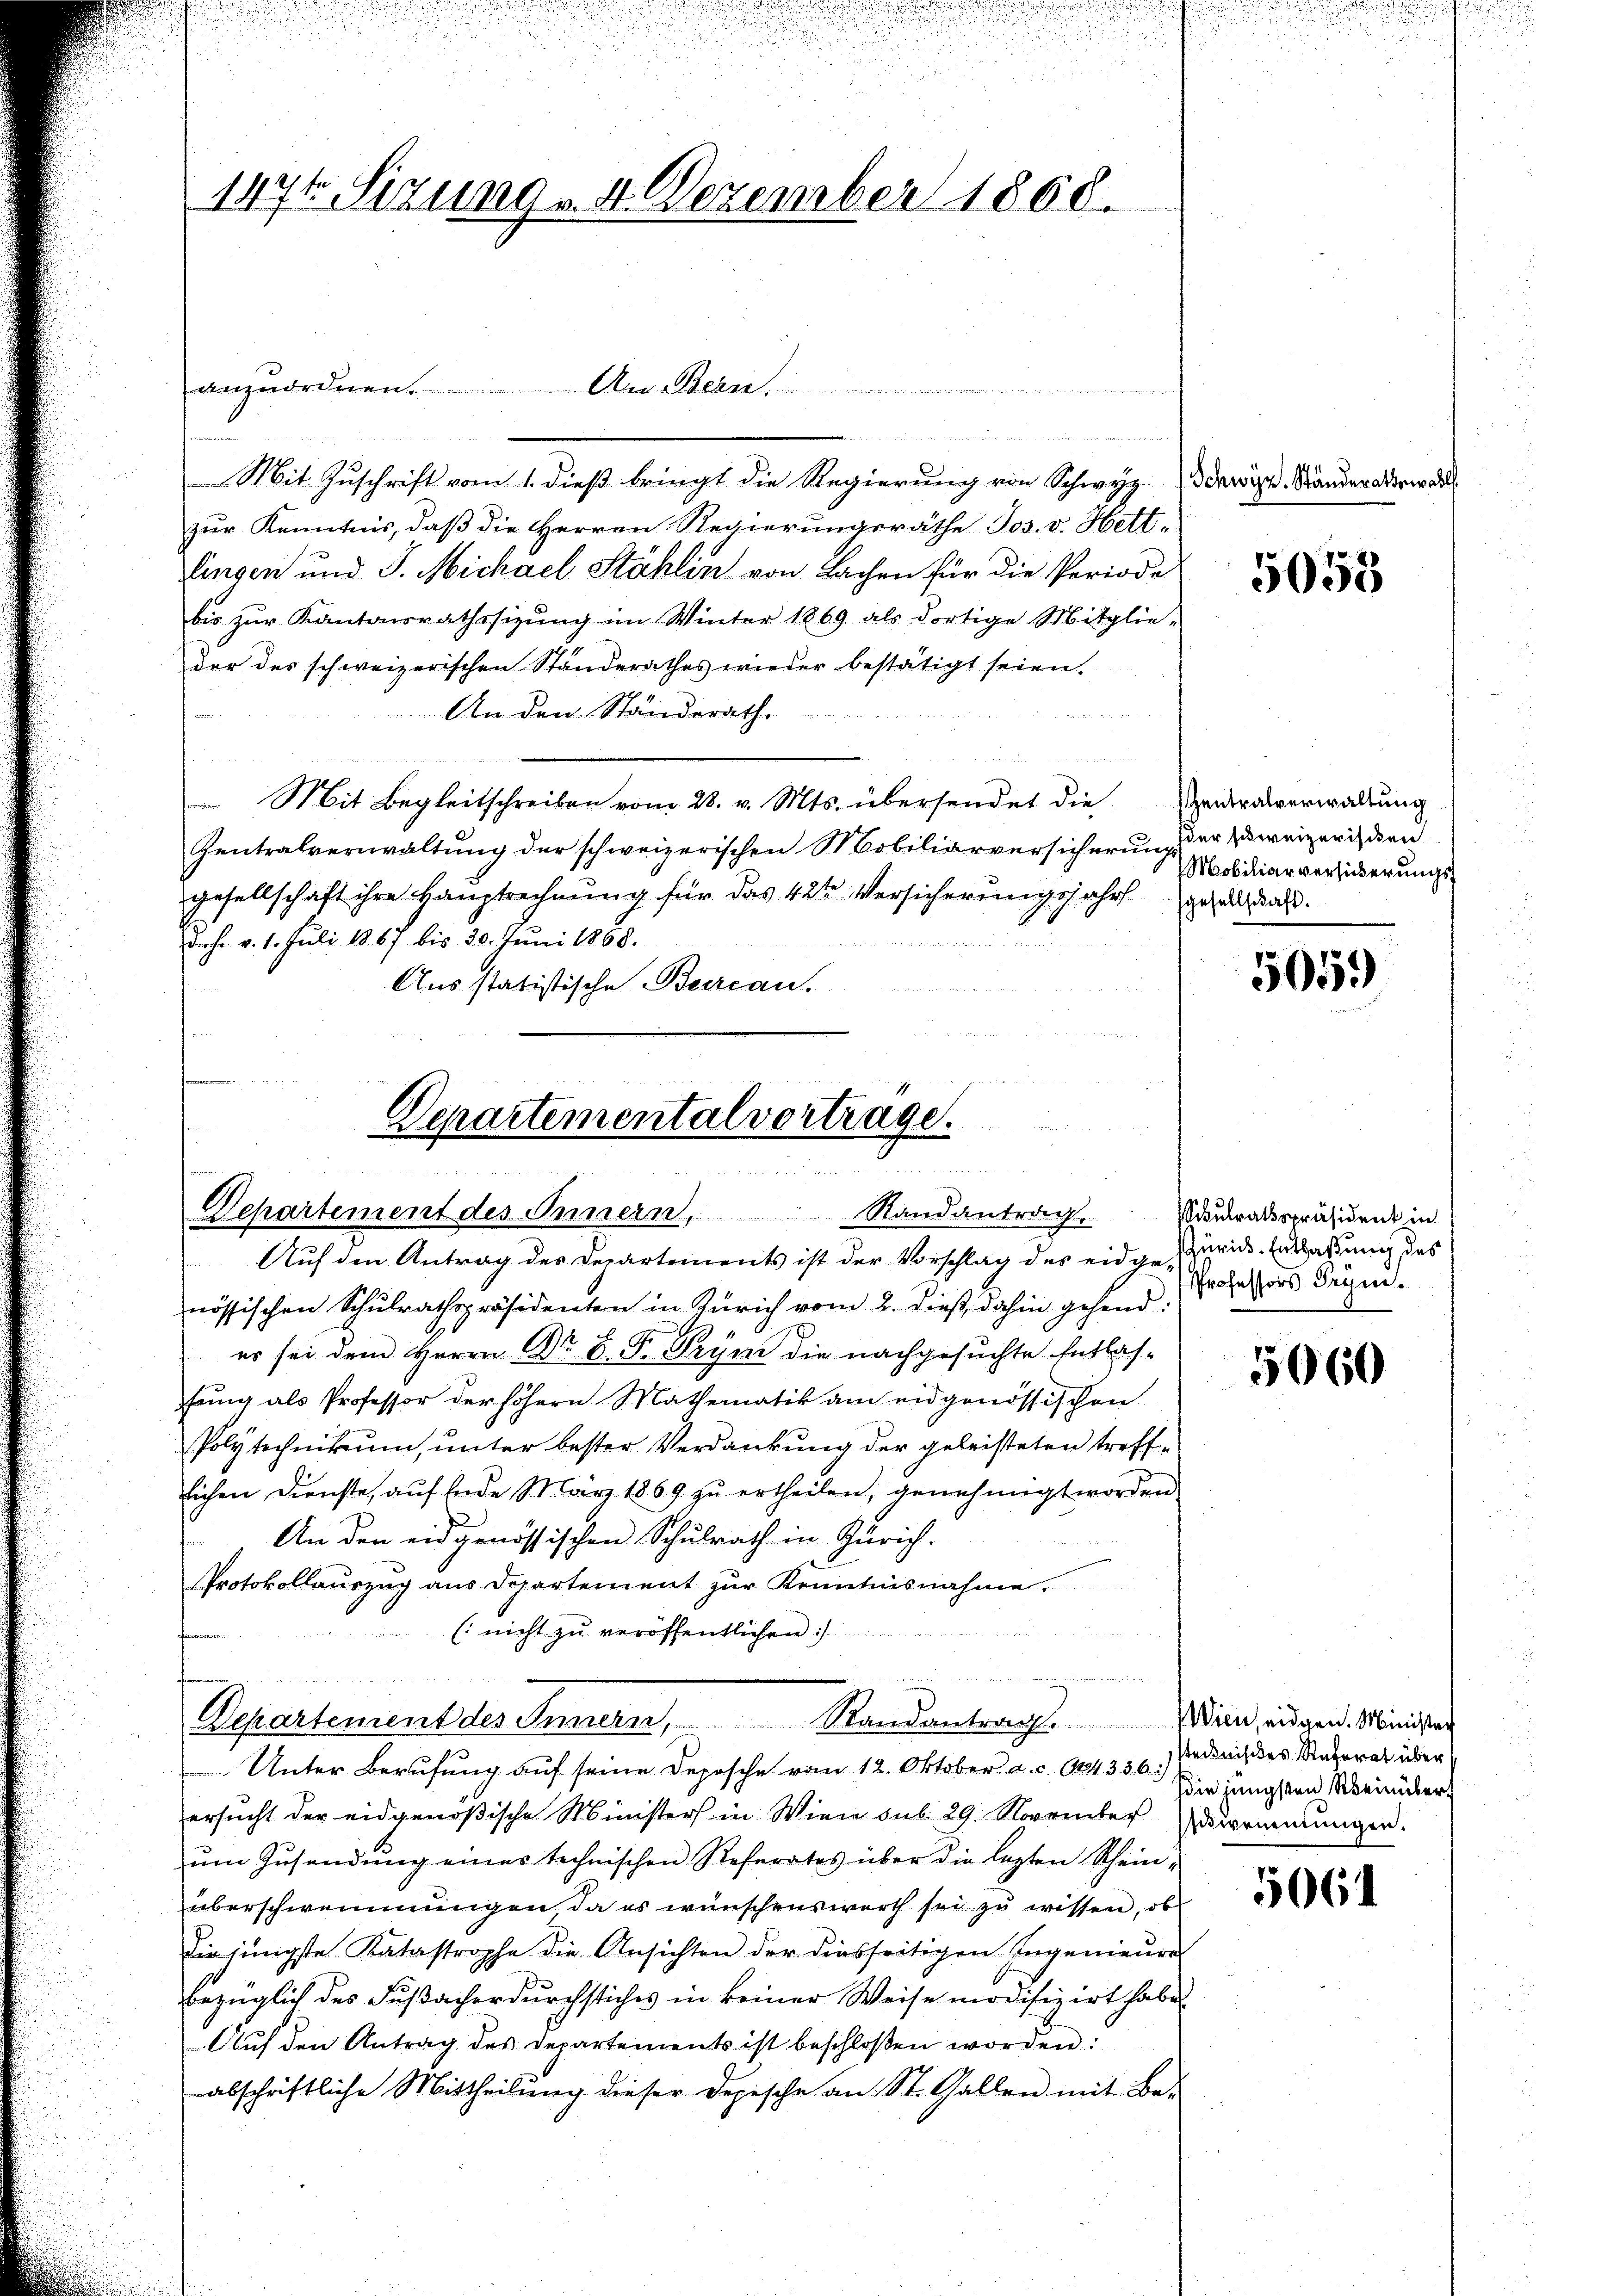
147t Sizung v. 4. Dezember 1868.

ii in den in der
Mit Zuschrift vom 1. dieß bringt die Regierung von Schwyz dawiper. Ständer aberwalt
zur Kenntnis, daß die Herren Regierungsräthe Jos. v. Hett-
lingen und J. Michael Stählin von Lachen für die Periode
bis zŭr Kantonsrathssitŭng im Winter 1869 als dortige Mitglie-
der des schweizerischen Standerathes wieder bestätigt seien.
An den Standerath.
 Mit Begleitschreiben vom 28. v. Mts. übersendet die Handeralverwaltung
Zentralverwaltung der schweizerischen Mobiliarversicherung
gesellschaft ihre Hauptrechnung für das 42te Versicherungsjahrs gehalt das
diehe v. 1. Juli 1867 bis 30. Juni 1868.
Aus statistische Beercan.
n

anzuordnen. An Bern.

Departemental vortrage.
 x

 g 229 u 188
e

Departement des Innern, Randantrag.

Departement des Innern, Randantrag. Wien, eidgen. Minister

Auf den Antrag des Departements ist der Vorschlag des eidge, zurück. Entlaßung des
nössischen Schulrathspräsidenten in Zürich vom 2. dieß, dahin gehend:
.
es sei dem Herrn Dr. v. P. Tryn die nachgesuchte Entlas-
fung als Professor der höhere Mathematik am eidgenössischen
Polytechnikum, unter bester Verdankung der geleisteten trefflichen Dienste, aŭf Ende März 1869 zŭ ertheilen, genehmigt worden.
An den eidgenössischen Schulrath in Zürich.
Protokollauszug aus Departement zur Kenntnisnahme.
(nicht zu veröffentlichen :/
un

Unter Berufung aŭf seine Deposche vom 12. Oktober a. c. 624336:
ersucht der eidgenößische Ministers in Wien sub 29. November dringŭngen.
ŭm Zŭsendung eines technischen Referates über die lezten Scheinüberschwemmungen da es wünschenswerth sei zu wissen, ob
die jüngste Katastrophe die Ansichten der diesseitigen Ingenieure
bezüglich des Fußacherdurchstiches in keiner Weise modifizirt habe.
Aŭf den Antrag des Departements ist beschloßen worden:
abschriftliche Mittheilung dieser Depesche an St. Gallen mit Be-

5058

der schweizerischen
Mobiliarversicherungs¬

5059

culrathspräsident in
Professors Seyen.

5060

stechniß des Referat über
die jüngsten Reinüber

5064